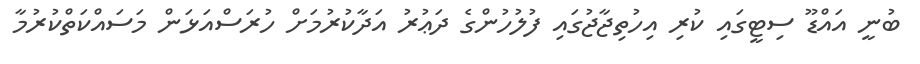
ބުނީ އައްޑޫ ސިޓީގައި ކުރި އިހުތިޖާޖުގައި ފުލުހުންގެ ދަޢުރު އަދާކުރުމަށް ހުރަސްއަޅަން މަސައްކަތްކުރުމާ